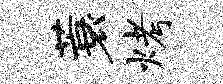
蓑烤